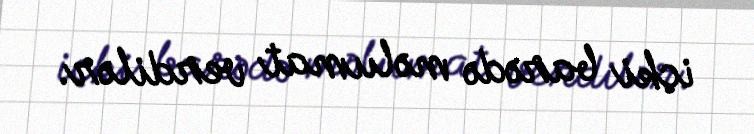
içki barədə məlumat verdilər.